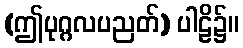
(ဤပုဂ္ဂလပညတ်) ပါဠိ၌။